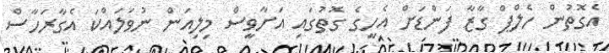
އެގޮތުން ހެލްޕް ގާޒާ ފަންޑަށް އެހީގެ ގޮތުގައި އަށާވީސް މިލިއަން ނުވަލައްކަ އެގާރަހާސް